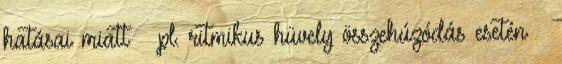
hatásai miatt – pl. ritmikus hüvely összehúzódás esetén –